Vaccine operations Central Provinces 1868-1885 - 1868-1885
Year: 1868
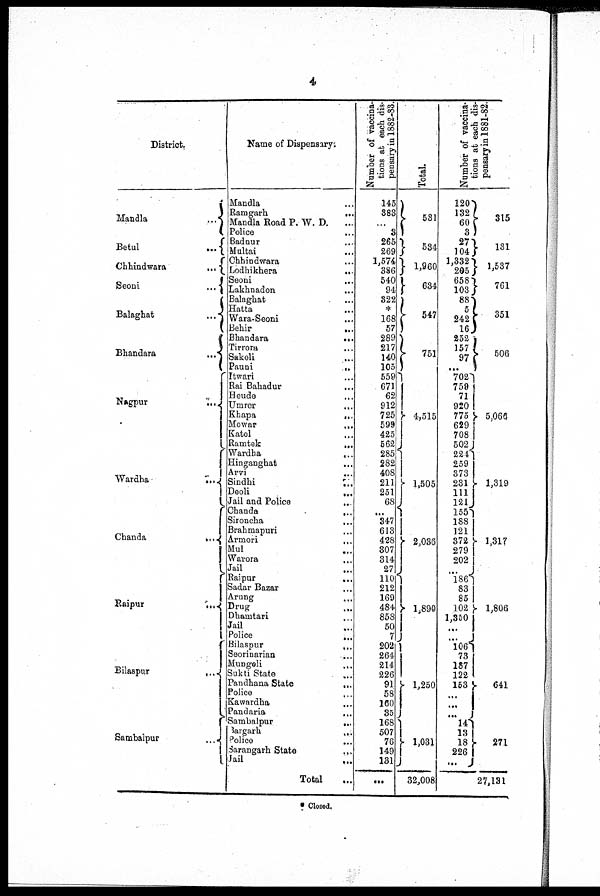
4
District.
Mandla...
...
Betul...
...
...
Chhindwara...
...
...
Seoni...
...
Balaghat...
...
Bhandara...
...
Nagpur...
...
Wardha...
...
Chanda...
...
Raipur
Bilaspur...
...
Sambalpur...
...
Name of Dispensary.
Mandla... ...
Ramgarh...
...
Mandla Road P. W. D. ... ...
Police... ...
Badnur... ...
Multai... ...
Chhindwara... ...
Lodhikhera...
...
...
Seoni...
...
Lakhnadon... ...
Balaghat... ...
Hatta...
...
Wara-Seoni... ...
Behir...
...
...
Bhandara...
...
Tirrora... ...
Sakoli... ...
Pauni...
...
Itwari... ...
Rai Bahadur... ...
Heude... ...
Umrer...
...
Khapa...
...
Mowar...
...
Katol... ...
Ramtek...
...
Wardha...
...
Hinganghat... ...
Arvi...
...
Sindhi...
...
Deoli...
...
Jail and
Police...
...
Chanda...
...
Sironcha... ...
Brahmapuri... ...
Armori...
...
Mul... ...
Warora... ...
Jail...
...
Raipur...
...
Sadar Bazar... ...
Arung... ...
Drug...
...
Dhamtari... ...
Jail...
...
Police...
...
Bilaspur...
...
Seorinarian...
...
Mungeli...
...
Sukti State... ...
Pandhana
State...
...
Police... ...
Kawardha...
...
Pandaria... ...
Sambalpur...
...
Bargarh...
...
Police...
...
Sarangarh State... ... ...
Jail...
...
Total... ...
Number of vaccina-
tions at each dis-
pensary in 1882-83.
145
383
...
3
265
269
1,574
386
540
94
322
*
168
57
289
217
140
105
559
671
62
912
725
599
425
562
285
282
408
211
251
68
...
347
613
428
307
314
27
110
212
169
484
858
50
7
202
264
214
226
91
58
160
35
168
507
76
149
131
...
Total.
531
534
1,960
634
547
751
4,515
1,505
2,036
1,890
1,250
1,031
32,008
Number of vaccina-
tions at each dis-
pensary in 1881-82.
120
132
60
3
27
104
1,332
205
658
103
88
5
242
16
252
157
97
...
702
750
71
920
775
629
708
502
224
259
373
231
111
121
155
188
121
372
279
202
...
186
83
85
102
1,350
1,350
...
106
73
187
122
153
...
...
...
...
13
18
226
...
...
315
131
1,537
761
351
506
5,066
1,319
1,317
1,806
641
271
27,131
* Closed.